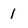
Character: 1